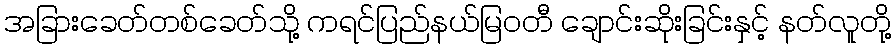
အခြားခေတ်တစ်ခေတ်သို့ ကရင်ပြည်နယ်မြဝတီ ချောင်းဆိုးခြင်းနှင့် နတ်လူတို့